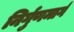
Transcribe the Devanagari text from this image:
निर्गुणमार्ग